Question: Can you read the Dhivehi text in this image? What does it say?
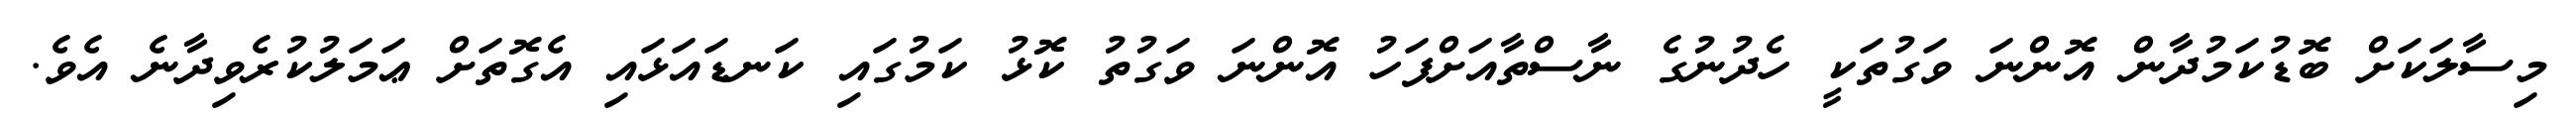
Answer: މިސާލަކަށް ބޮޑުކަމުދާން އޮންނަ ވަގުތަކީ ހެދުނުގެ ނާސްތާއަށްފަހު އޮންނަ ވަގުތު ކޮޅު ކަމުގައި ކަނޑައަޅައި އެގޮތަށް ޢަމަލުކުރެވިދާނެ އެވެ.